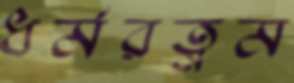
ধর্মরত্নম